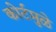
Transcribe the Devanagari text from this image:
कोर्टमुळे